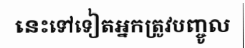
នេះទៅទៀតអ្នកត្រូវបញ្ចូល